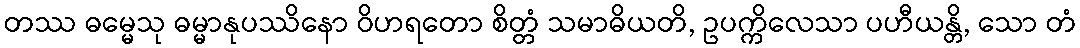
တဿ ဓမ္မေသု ဓမ္မာနုပဿိနော ဝိဟရတော စိတ္တံ သမာဓိယတိ, ဥပက္ကိလေသာ ပဟီယန္တိ, သော တံ